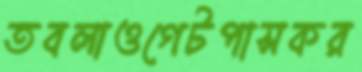
তবলাওগেটপাসকর